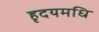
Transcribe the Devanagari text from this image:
हृदयमधि